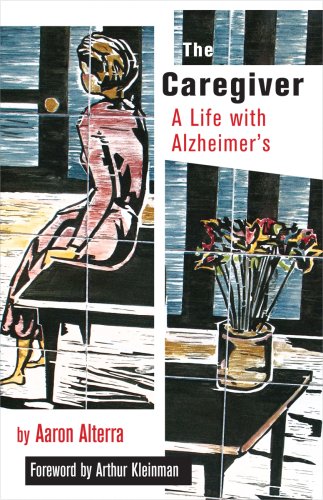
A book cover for The Caregiver: A Life With Alzheimer's, with new material (The Culture and Politics of Health Care Work); Aaron Alterra; Health, Fitness & Dieting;